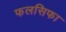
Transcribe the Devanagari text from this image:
फलसिफा